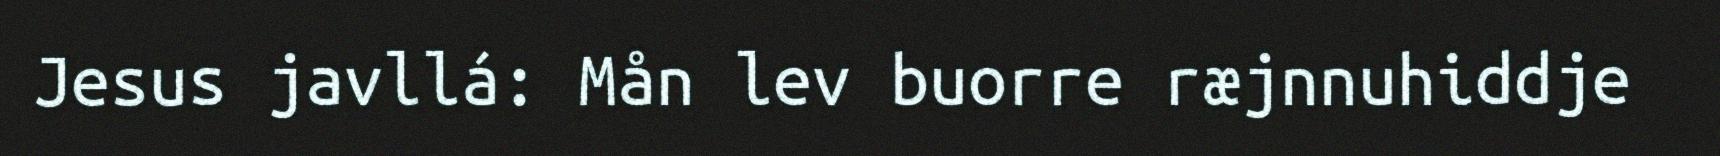
Jesus javllá: Mån lev buorre ræjnnuhiddje